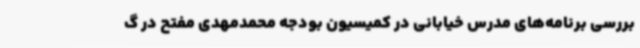
بررسی برنامه‌های مدرس خیابانی در کمیسیون بودجه محمدمهدی مفتح در گ